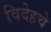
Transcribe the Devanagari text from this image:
विदेहचे